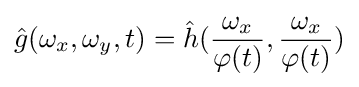
{\hat {g}}(\omega _{x},\omega _{y},t)={\hat {h}}({\frac {\omega _{x}}{\varphi (t)}},{\frac {\omega _{x}}{\varphi (t)}})